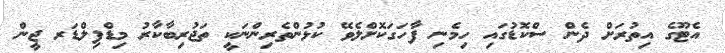
އެޓޫގެ އިތުރަށް ދެން ސްކޮޑުގައި ހިމެނި ފާހަގަކޮށްލެވޭ ކުޅުންތެރިންނަކީ ތަޖުރިބާކާރު މިޑްފިލްޑަރ ޖީން